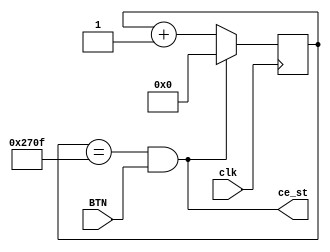
`timescale 1ns / 1ps
//////////////////////////////////////////////////////////////////////////////////
// Company: 
// Engineer: 
// 
// Design Name: 
// Module Name:    Gen_st 
// Project Name: 
// Target Devices: 
// Tool versions: 
// Description: 
//
// Dependencies: 
//
// Revision: 
// Revision 0.01 - File Created
// Additional Comments: 
//
//////////////////////////////////////////////////////////////////////////////////
module Gen_st( input clk,
					input BTN,
					
					output wire ce_st
					);


parameter Tclk=20;//Tclk = 20 ns;
parameter Trep = 200000;//200us = 200000 ns;
parameter N = Trep/Tclk;

reg [14:0]cb_tact=0;
assign ce_st = (cb_tact == N-1) & BTN;

always @(posedge clk) begin
	cb_tact <= ce_st? 0: cb_tact+1;
end

endmodule